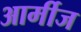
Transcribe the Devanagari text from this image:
आर्मीज